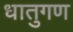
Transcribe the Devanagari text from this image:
धातुगण